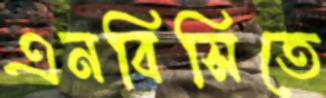
এনবিসিতে